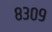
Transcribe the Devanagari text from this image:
८३०९